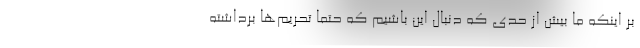
بر اینکه ما بیش از حدی که دنبال این باشیم که حتماً تحریم‌ها برداشته